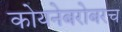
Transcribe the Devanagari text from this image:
कोयनेबरोबरच